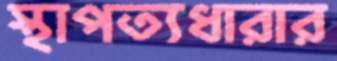
স্থাপত্যধারার